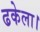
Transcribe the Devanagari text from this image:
ढकेला।